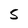
Character: 5